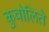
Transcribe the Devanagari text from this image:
कुवोलिते